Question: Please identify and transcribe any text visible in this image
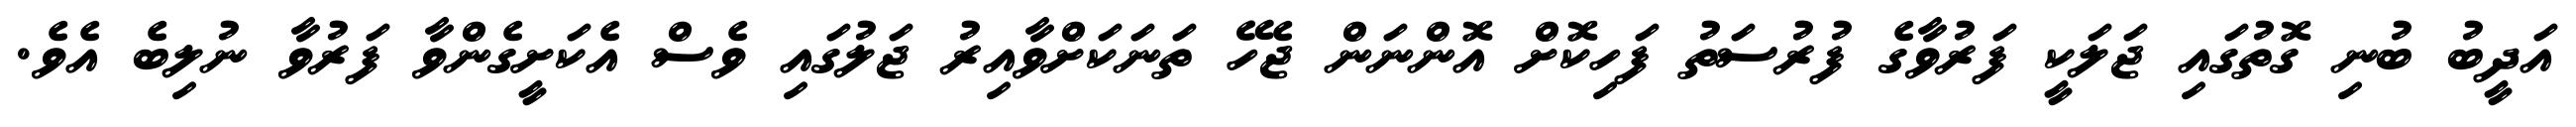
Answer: އަދީބު ބުނި ގޮތުގައި ޖަލަކީ ފަރުވާގެ ފުރުސަތު ފަހިކޮށް އޮންނަން ޖެހޭ ތަނަކަށްވާއިރު ޖަލުގައި ވެސް އެކަށީގެންވާ ފަރުވާ ނުލިބެ އެވެ.